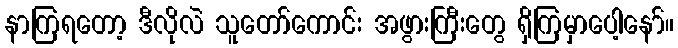
နာကြရတော့ ဒီလိုလဲ သူတော်ကောင်း အဖွားကြီးတွေ ရှိကြမှာပေါ့နော်။